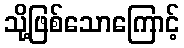
သို့ဖြစ်သောကြောင့်